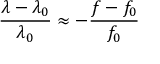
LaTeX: { \frac { \lambda - \lambda _ { 0 } } { \lambda _ { 0 } } } \approx - { \frac { f - f _ { 0 } } { f _ { 0 } } }